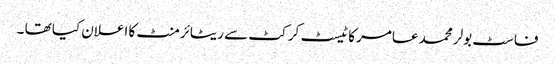
فاسٹ بولر محمد عامر کا ٹیسٹ کرکٹ سے ریٹائرمنٹ کا اعلان کیا تھا ۔